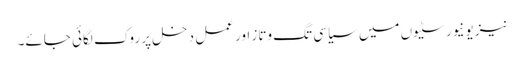
نیز یونیورسٹیوں میں سیاسی تگ وتاز اور عمل دخل پر روک لگائی جائے۔